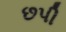
છપી